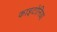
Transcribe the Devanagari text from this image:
काइटोनिया